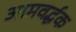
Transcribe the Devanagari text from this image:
आमवर्द्धक